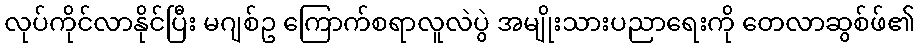
လုပ်ကိုင်လာနိုင်ပြီး မဂျစ်ဥ ကြောက်စရာလူလဲပွဲ အမျိုးသားပညာရေးကို တေလာဆွစ်ဖ်၏